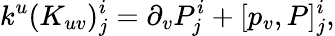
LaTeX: k^{u}(K_{uv})_{j}^{i}=\partial_{v}P_{j}^{i}+[p_{v},P]_{j}^{i},